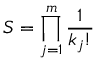
S = \prod _ { j = 1 } ^ { m } { \frac { 1 } { k _ { j } ! } }